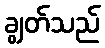
ချွတ်သည်